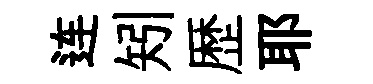
连矧歴耶